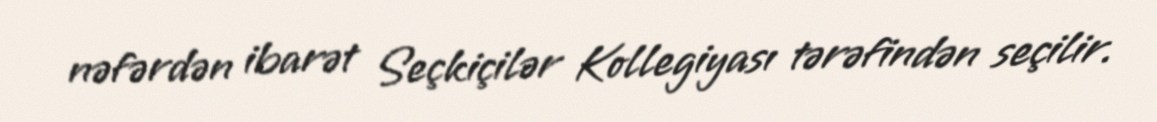
nəfərdən ibarət Seçkiçilər Kollegiyası tərəfindən seçilir.